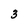
Character: 3